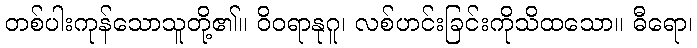
တစ်ပါးကုန်သောသူတို့၏။ ဝိဝရာနုဂူ၊ လစ်ဟင်းခြင်းကိုသိထသော။ ဓီရော၊